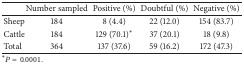
<table><thead><tr><td><b> </b></td><td><b>Number sampled</b></td><td><b>Positive (%)</b></td><td><b>Doubtful (%)</b></td><td><b>Negative (%)</b></td></tr></thead><tbody><tr><td>Sheep</td><td>184</td><td>8 (4.4)</td><td>22 (12.0)</td><td>154 (83.7)</td></tr><tr><td>Cattle</td><td>184</td><td>129 (70.1)<sup><i>∗</i></sup></td><td>37 (20.1)</td><td>18 (9.8)</td></tr><tr><td>Total</td><td>364</td><td>137 (37.6)</td><td>59 (16.2)</td><td>172 (47.3)</td></tr></tbody></table>